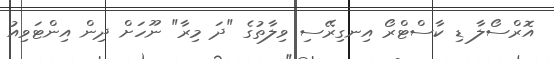
އޮރްސޯލާ ޑި ކާސްޓްރޯ އިނގިރޭސި ވިލާތުގެ "ދަ މިރާ" ނޫހަށް ދިން އިންޓަވިއު